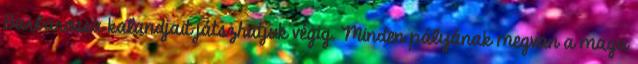
Barbarossa kalandjait játszhatjuk végig. Minden pályának megvan a maga